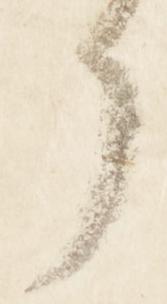
了